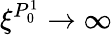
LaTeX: \xi^{P_{0}^{1}}\to\infty